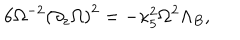
6 { \Omega ^ { - 2 } } { { ( { \partial _ { z } } \Omega ) } ^ { 2 } } = - { \kappa _ { 5 } ^ { 2 } } { \Omega ^ { 2 } } { \Lambda _ { B } } ,